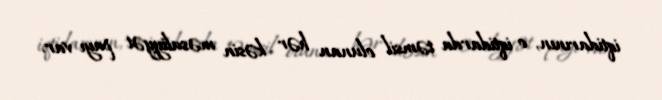
iqtidarının, o iqtidarda təmsil olunan hər kəsin məsuliyyət payı var.